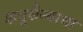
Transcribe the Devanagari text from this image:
शत्रुसैन्याचा